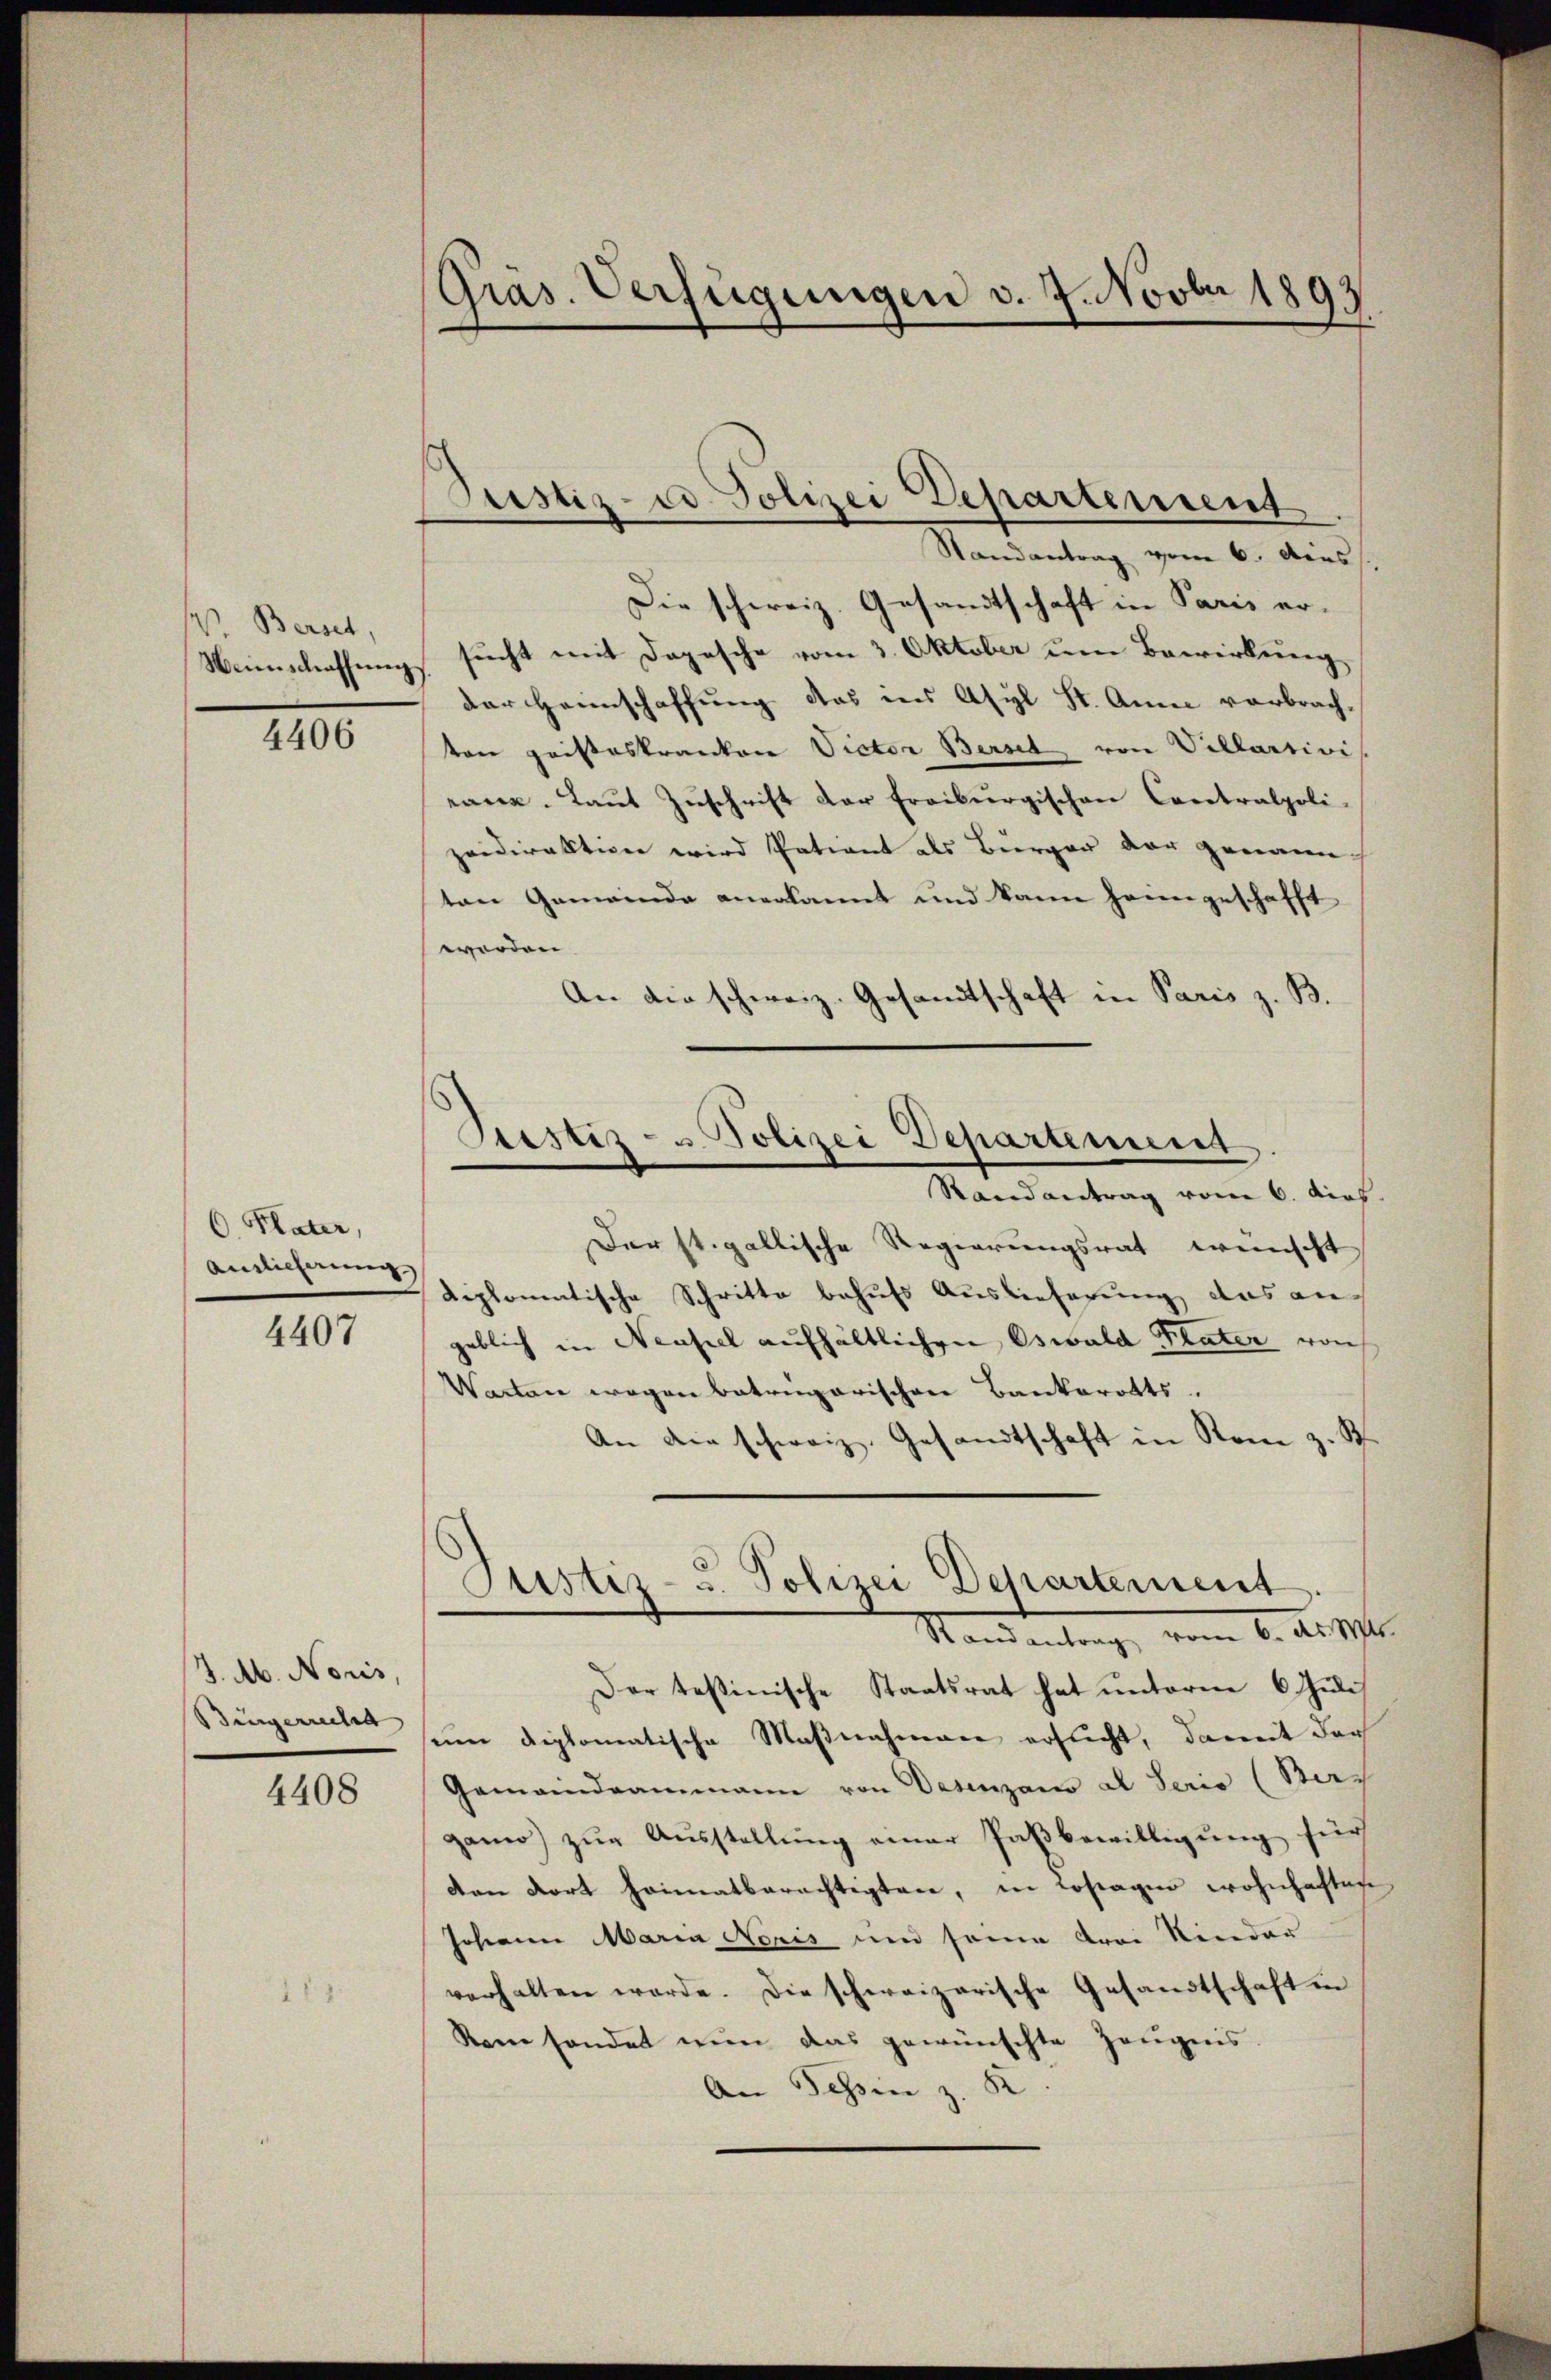
W. Bernet,

4406

C. Plater,
Auslieferung

4407

J. Ab. Noris,
Bürgerrecht

4408

Randantrag vom 6. Auss
Die schweiz. Gesandtschaft in Paris er¬
Neinschaffung sucht mit Depesche vom 3. Oktober um Bewirkung
der Heimschaffung das ins Asyl St. Anna vorbrachten geisteskranken Victor Bernet, von Villartivi
rane. Laut Zuschrift der Freiburgischen Contralpoli-
zeidirektion wird Patient als Bürger der genann
ton Gemeinde anerkannt und kann sein geschafft
werden.
An die schweiz. Gesandtschaft in Paris z. B.

Gräs. Verfügungen d. 7. Novbr 1893

Justiz- u. Polizei Departement.

Destiz- u Polizei Departement.
Randantrag vom 6. ders.

Justiz- u. Polizei Departement
Stand antrag, vom 6. d. 1941.

Der st. gallische Regierungsrat wünscht
Riplomatische Schritte behufs Auslieferung das an-
geblich in Neuseel aufhältlichen Oswald Plater von
Warten wegen betrugarischen Bankerotts.
An die schweiz. Gesandtschaft in Rom z. B.
Der testinische Staatsrat hat unterm 6. Juli
seine diplomatische Maßnahmen ersucht, damit dar
Gemeindeammann von Desenzano al Serio (Bers
ganwo) zŭr Aŭsstellŭng einer Paßbewilligung für
den dort Heimatberechtigten, in Losagier wohnhaften
Johann Maria Noris und seine drei Kinder
verhalten werde. Die schweizerische Gesandtschaft in
Rom sendet nun das gewünschte Zeŭgnis.
An Tessin z. B.